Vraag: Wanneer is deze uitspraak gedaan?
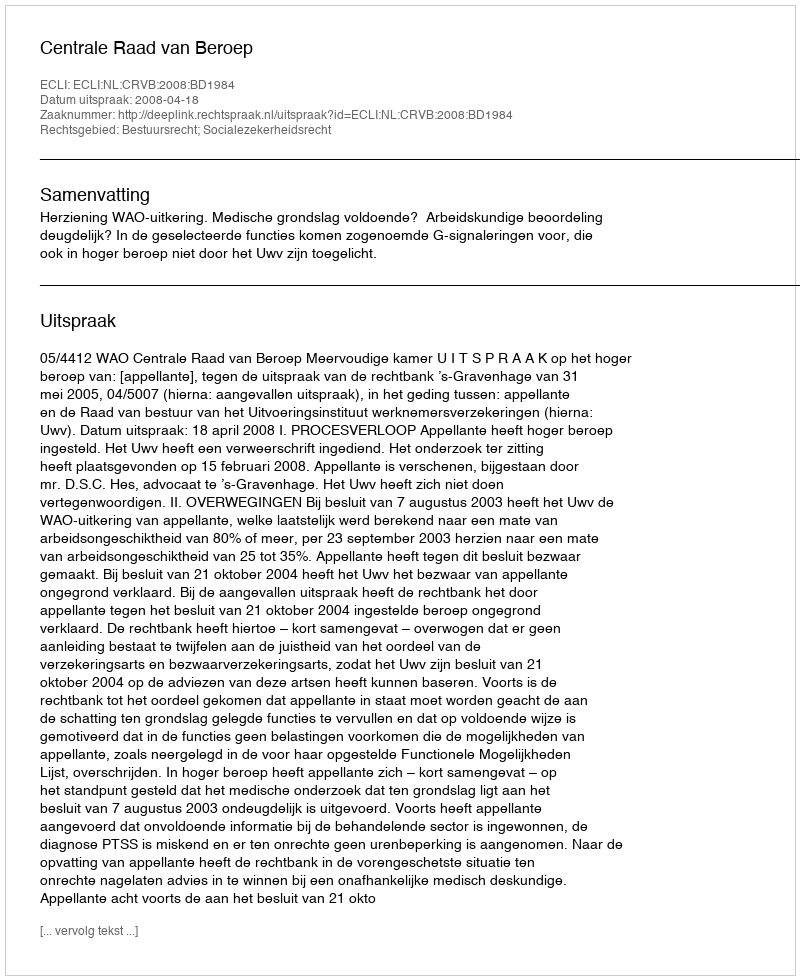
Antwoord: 2008-04-18